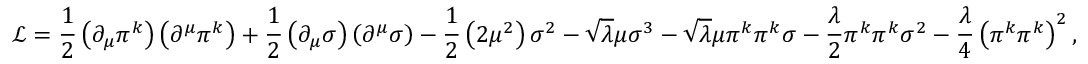
{ \mathcal { L } } = { \frac { 1 } { 2 } } \left( \partial _ { \mu } \pi ^ { k } \right) \left( \partial ^ { \mu } \pi ^ { k } \right) + { \frac { 1 } { 2 } } \left( \partial _ { \mu } \sigma \right) \left( \partial ^ { \mu } \sigma \right) - { \frac { 1 } { 2 } } \left( 2 \mu ^ { 2 } \right) \sigma ^ { 2 } - { \sqrt { \lambda } } \mu \sigma ^ { 3 } - { \sqrt { \lambda } } \mu \pi ^ { k } \pi ^ { k } \sigma - { \frac { \lambda } { 2 } } \pi ^ { k } \pi ^ { k } \sigma ^ { 2 } - { \frac { \lambda } { 4 } } \left( \pi ^ { k } \pi ^ { k } \right) ^ { 2 } ,